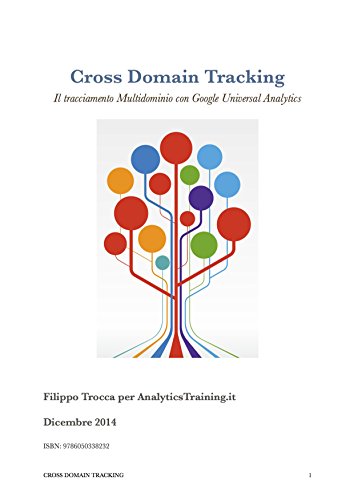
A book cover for Cross Domain Tracking Il tracciamento Multidominio con Google Universal Analytics (Italian Edition); Filippo Trocca; Computers & Technology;